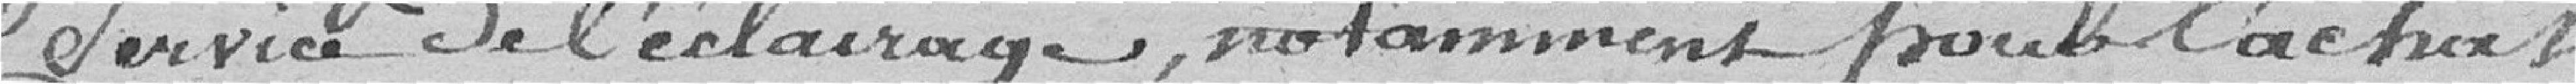
service de l'éclairage, notamment pour l'achat